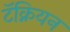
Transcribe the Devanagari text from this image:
टॅक्नियन